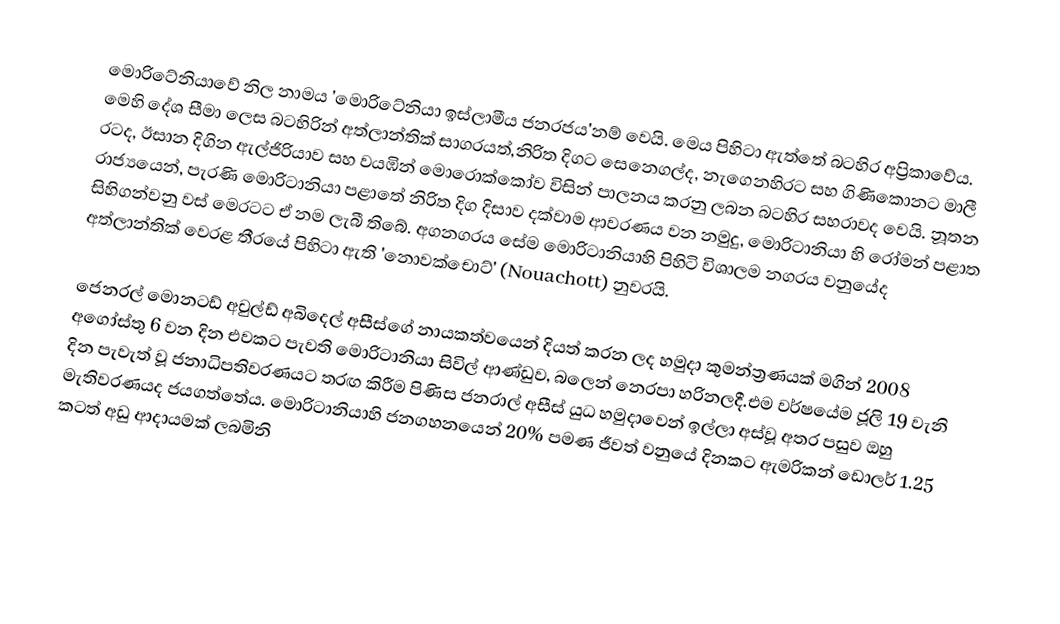
මොරිටේනියාවේ නිල නාමය 'මොරිටේනියා ඉස්ලාමීය ජනරජය'නම් වෙයි. මෙය පිහිටා ඇත්තේ බටහිර අප්‍රිකාවේය. මෙහි දේශ සීමා ලෙස බටහිරින් අත්ලාන්තික් සාගරයත්,නිරිත දිගට සෙනෙගල්ද, නැගෙනහිරට සහ ගිණිකොනට මාලී රටද, ඊසාන දිගින  ඇල්ජිරියාව සහ වයඹින්  මොරොක්කෝව විසින් පාලනය කරනු ලබන බටහිර සහරාවද වෙයි. නූතන රාජ්‍යයෙන්, පැරණි මොරිටානියා පළාතේ නිරිත දිග දිසාව දක්වාම ආවරණය වන නමුදු, මොරිටානියා හි රෝමන් පළාත සිහිගන්වනු වස්  මෙරටට ඒ නම ලැබී තිබේ. අගනගරය සේම මොරිටානියාහි පිහිටි විශාලම නගරය වනුයේද අත්ලාන්තික් වෙරළ තීරයේ පිහිටා ඇති 'නොවක්චොට්' (Nouachott) නුවරයි.

ජෙනරල් මොනටඩ් අවුල්ඩ් අබිදෙල් අසීස්ගේ නායකත්වයෙන් දියත් කරන ලද හමුදා කුමන්ත්‍රණයක් මගින් 2008 අගෝස්තු 6 වන දින එවකට පැවති මොරිටානියා සිවිල් ආණ්ඩුව, බලෙන් නෙරපා හරිනලදී.එම වර්ෂයේම ජූලි 19 වැනි දින පැවැත් වූ ජනාධිපතිවරණයට තරඟ කිරීම පිණිස ජනරාල් අසීස් යුධ හමුදාවෙන් ඉල්ලා අස්වූ අතර පසුව ඔහු මැතිවරණයද ජයගත්තේය. මොරිටානියාහි ජනගහනයෙන් 20% පමණ ජීවත් වනුයේ දිනකට ඇමරිකන් ඩොලර් 1.25 කටත් අඩු ආදායමක් ලබමිනි